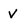
Character: V